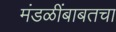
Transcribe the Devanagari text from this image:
मंडळींबाबतचा